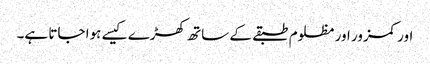
اور کمزور اور مظلوم طبقے کے ساتھ کھڑے کیسے ہوا جاتا ہے۔